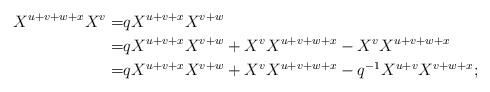
LaTeX: \begin{align*}X^{u+v+w+x}X^v=&qX^{u+v+x}X^{v+w} \\=&qX^{u+v+x}X^{v+w}+X^vX^{u+v+w+x}-X^vX^{u+v+w+x}\\=&qX^{u+v+x}X^{v+w}+X^vX^{u+v+w+x}-q^{-1}X^{u+v}X^{v+w+x};\end{align*}